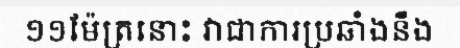
១១ម៉ែត្រនោះ វាជាការប្រឆាំងនឹង